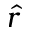
\hat { r }